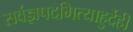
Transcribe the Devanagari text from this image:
सर्वज्ञपदमित्याहुर्देही